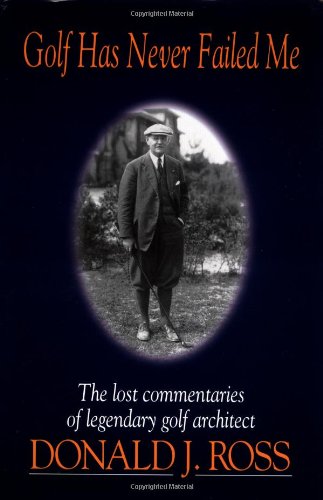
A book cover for Golf Has Never Failed Me: The Lost Commentaries of Legendary Golf Architect Donald J. Ross; Donald J. Ross; Biographies & Memoirs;